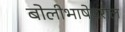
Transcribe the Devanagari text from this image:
बोलीभाषेवरील